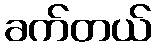
ခက်တယ်